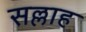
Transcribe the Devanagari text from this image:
सल्लाह